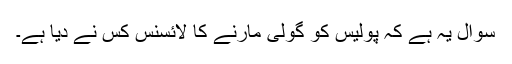
سوال یہ ہے کہ پولیس کو گولی مارنے کا لائسنس کس نے دیا ہے۔